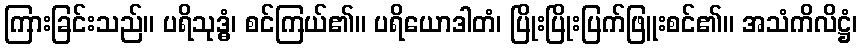
ကြားခြင်းသည်။ ပရိသုဒ္ဓံ၊ စင်ကြယ်၏။ ပရိယောဒါတံ၊ ပြိုးပြိုးပြက်ဖြူးစင်၏။ အသံကိလိဋ္ဌံ၊